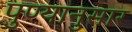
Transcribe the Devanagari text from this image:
पुण्यानुसार